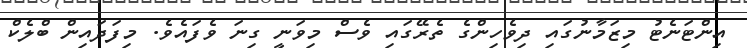
އިންޓަނެޓު މިޒަމާނުގައި ދިވެހިންގެ ތެރޭގައި ވެސް މިވަނީ ގިނަ ވެފައެވެ. މިފަދައިން ބްލެކް